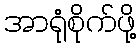
အာရုံစိုက်ဖို့